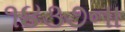
૧૪૩૭ના